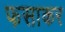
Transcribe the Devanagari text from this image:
फसाकर